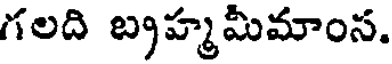
గలది బ్రహ్మమీమాంస.